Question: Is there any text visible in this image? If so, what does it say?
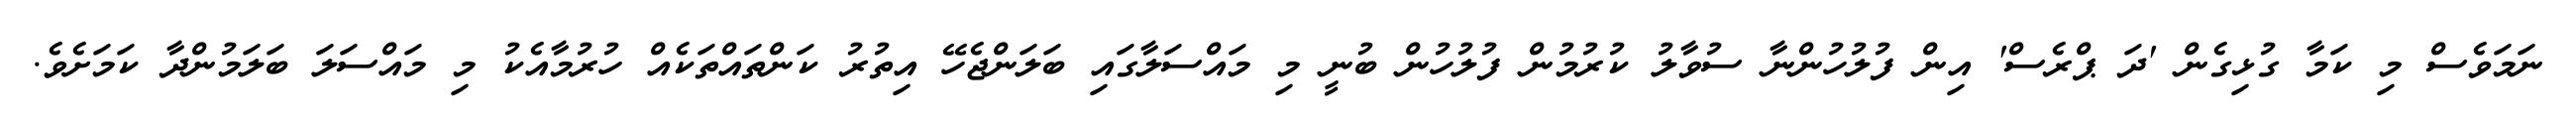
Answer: ނަމަވެސް މި ކަމާ ގުޅިގެން 'ދަ ޕްރެސް' އިން ފުލުހުންނާ ސުވާލު ކުރުމުން ފުލުހުން ބުނީ މި މައްސަލާގައި ބަލަންޖެހޭ އިތުރު ކަންތައްތަކެއް ހުރުމާއެކު މި މައްސަލަ ބަލަމުންދާ ކަމަށެވެ.